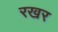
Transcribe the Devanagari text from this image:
रखर